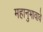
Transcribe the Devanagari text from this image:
महानुभावावे